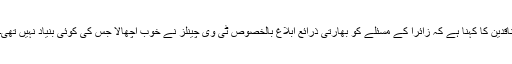
ناقدین کا کہنا ہے کہ زائرا کے مسئلے کو بھارتی ذرائع ابلاغ بالخصوص ٹی وی چینلز نے خوب اُچھالا جس کی کوئی بنیاد نہیں تھی۔